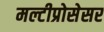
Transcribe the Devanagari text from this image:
मल्टीप्रोसेसर